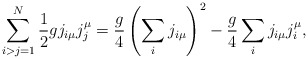
\begin{align*}\sum_{i>j=1}^{N}{1\over 2}gj_{i\mu}j_j^{\mu} = \frac{g}{4}\left(\sum_i j_{i\mu}\right)^2 - \frac{g}{4}\sum_i j_{i\mu}j_{i}^{\mu},\end{align*}